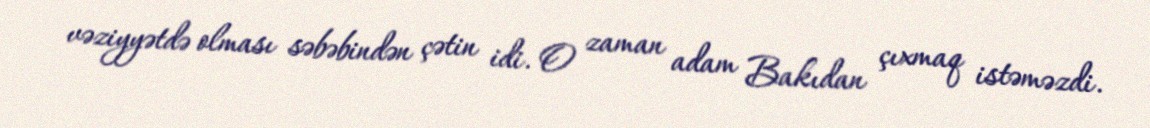
vəziyyətdə olması səbəbindən çətin idi. O zaman adam Bakıdan çıxmaq istəməzdi.